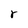
Character: r